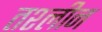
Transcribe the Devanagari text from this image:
तश्लीन